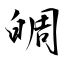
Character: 皗